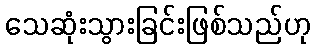
သေဆုံးသွားခြင်းဖြစ်သည်ဟု